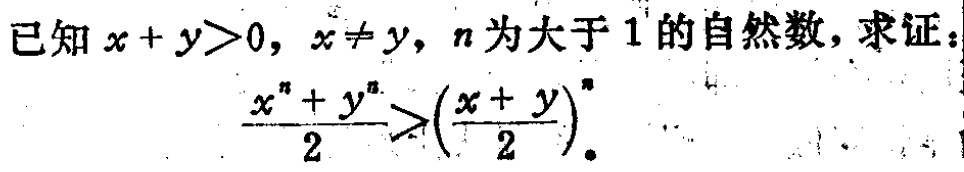
已知 \(x + y>0\)，\(x\neq y\)，\(n\)为大于 \(1\)的自然数，求证：

\(\frac{x^{n}+y^{n}}{2}>\left(\frac{x + y}{2}\right)^{n}\)。